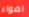
اضواء